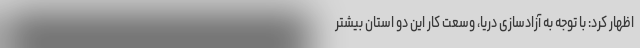
اظهار کرد: با توجه به آزادسازی دریا، وسعت کار این دو استان‌ بیشتر